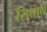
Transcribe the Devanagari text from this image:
सिथार्थ